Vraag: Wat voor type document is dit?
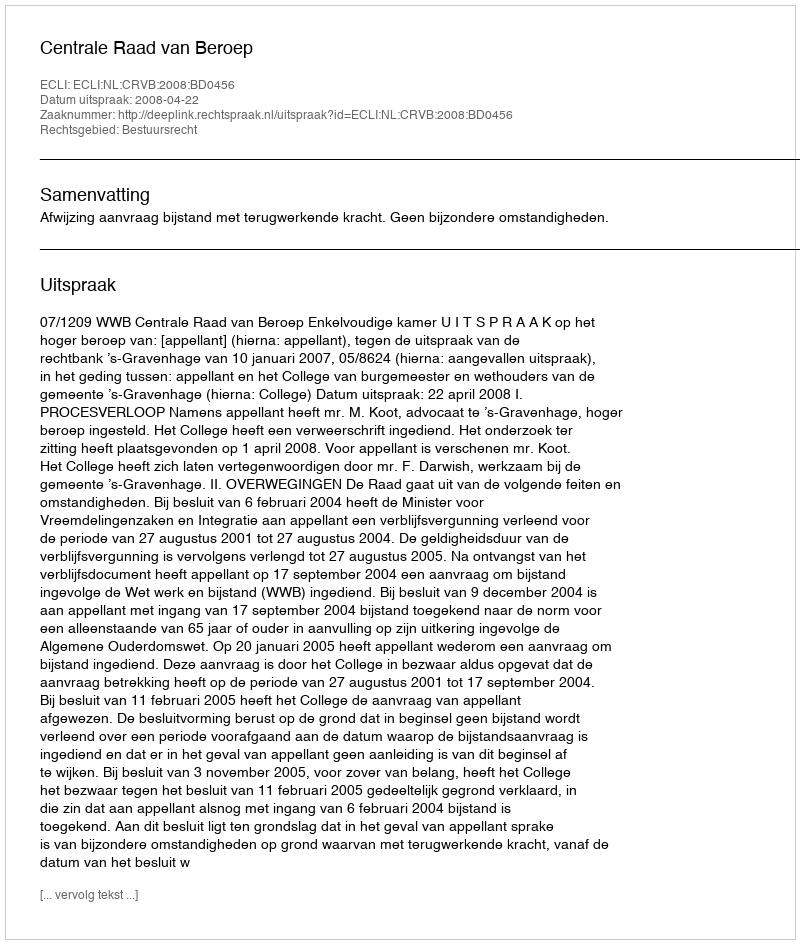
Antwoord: Uitspraak